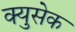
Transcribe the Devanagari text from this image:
क्युसेक